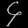
Digit: ၄